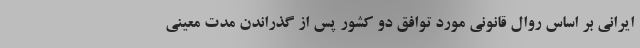
ایرانی بر اساس روال قانونی مورد توافق دو کشور پس از گذراندن مدت معینی